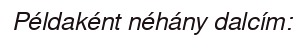
Példaként néhány dalcím: